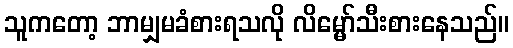
သူကတော့ ဘာမျှမခံစားရသလို လိမ္မော်သီးစားနေသည်။